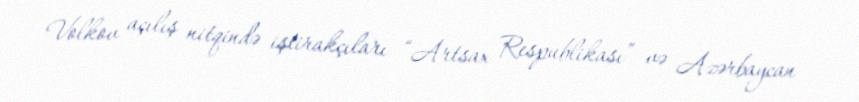
Volkov açılış nitqində iştirakçıları “Artsax Respublikası” və Azərbaycan